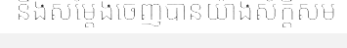
និងសម្តែងចេញបានយ៉ាងស័ក្តិសម